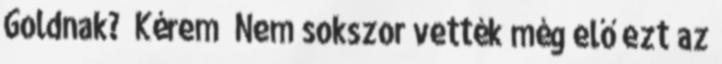
Goldnak? “Kérem” Nem sokszor vették még elő ezt az